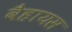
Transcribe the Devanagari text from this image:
वैहायस